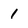
Character: 1